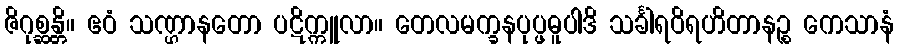
ဇိဂုစ္ဆန္တိ။ ဧဝံ သဏ္ဌာနတော ပဋိက္ကူလာ။ တေလမက္ခနပုပ္ဖဓူပါဒိ သင်္ခါရဝိရဟိတာနဉ္စ ကေသာနံ